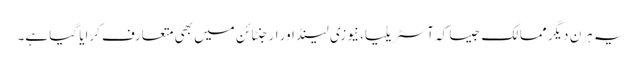
یہ ہرن دیگر ممالک جیسا کہ آسٹریلیا، نیوزی لینڈ اور ارجنٹائن میں بھی متعارف کرایا گیا ہے۔